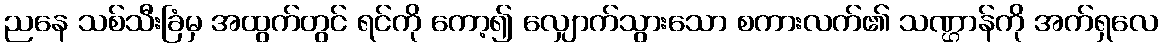
ညနေ သစ်သီးခြံမှ အထွက်တွင် ရင်ကို ကော့၍ လျှောက်သွားသော စကားလက်၏ သဏ္ဌာန်ကို အက်ရှလေ